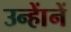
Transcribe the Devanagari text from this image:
उन्हाेंनें